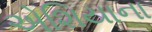
એશિયાના